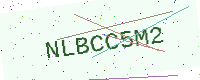
Text: NLBCC5M2